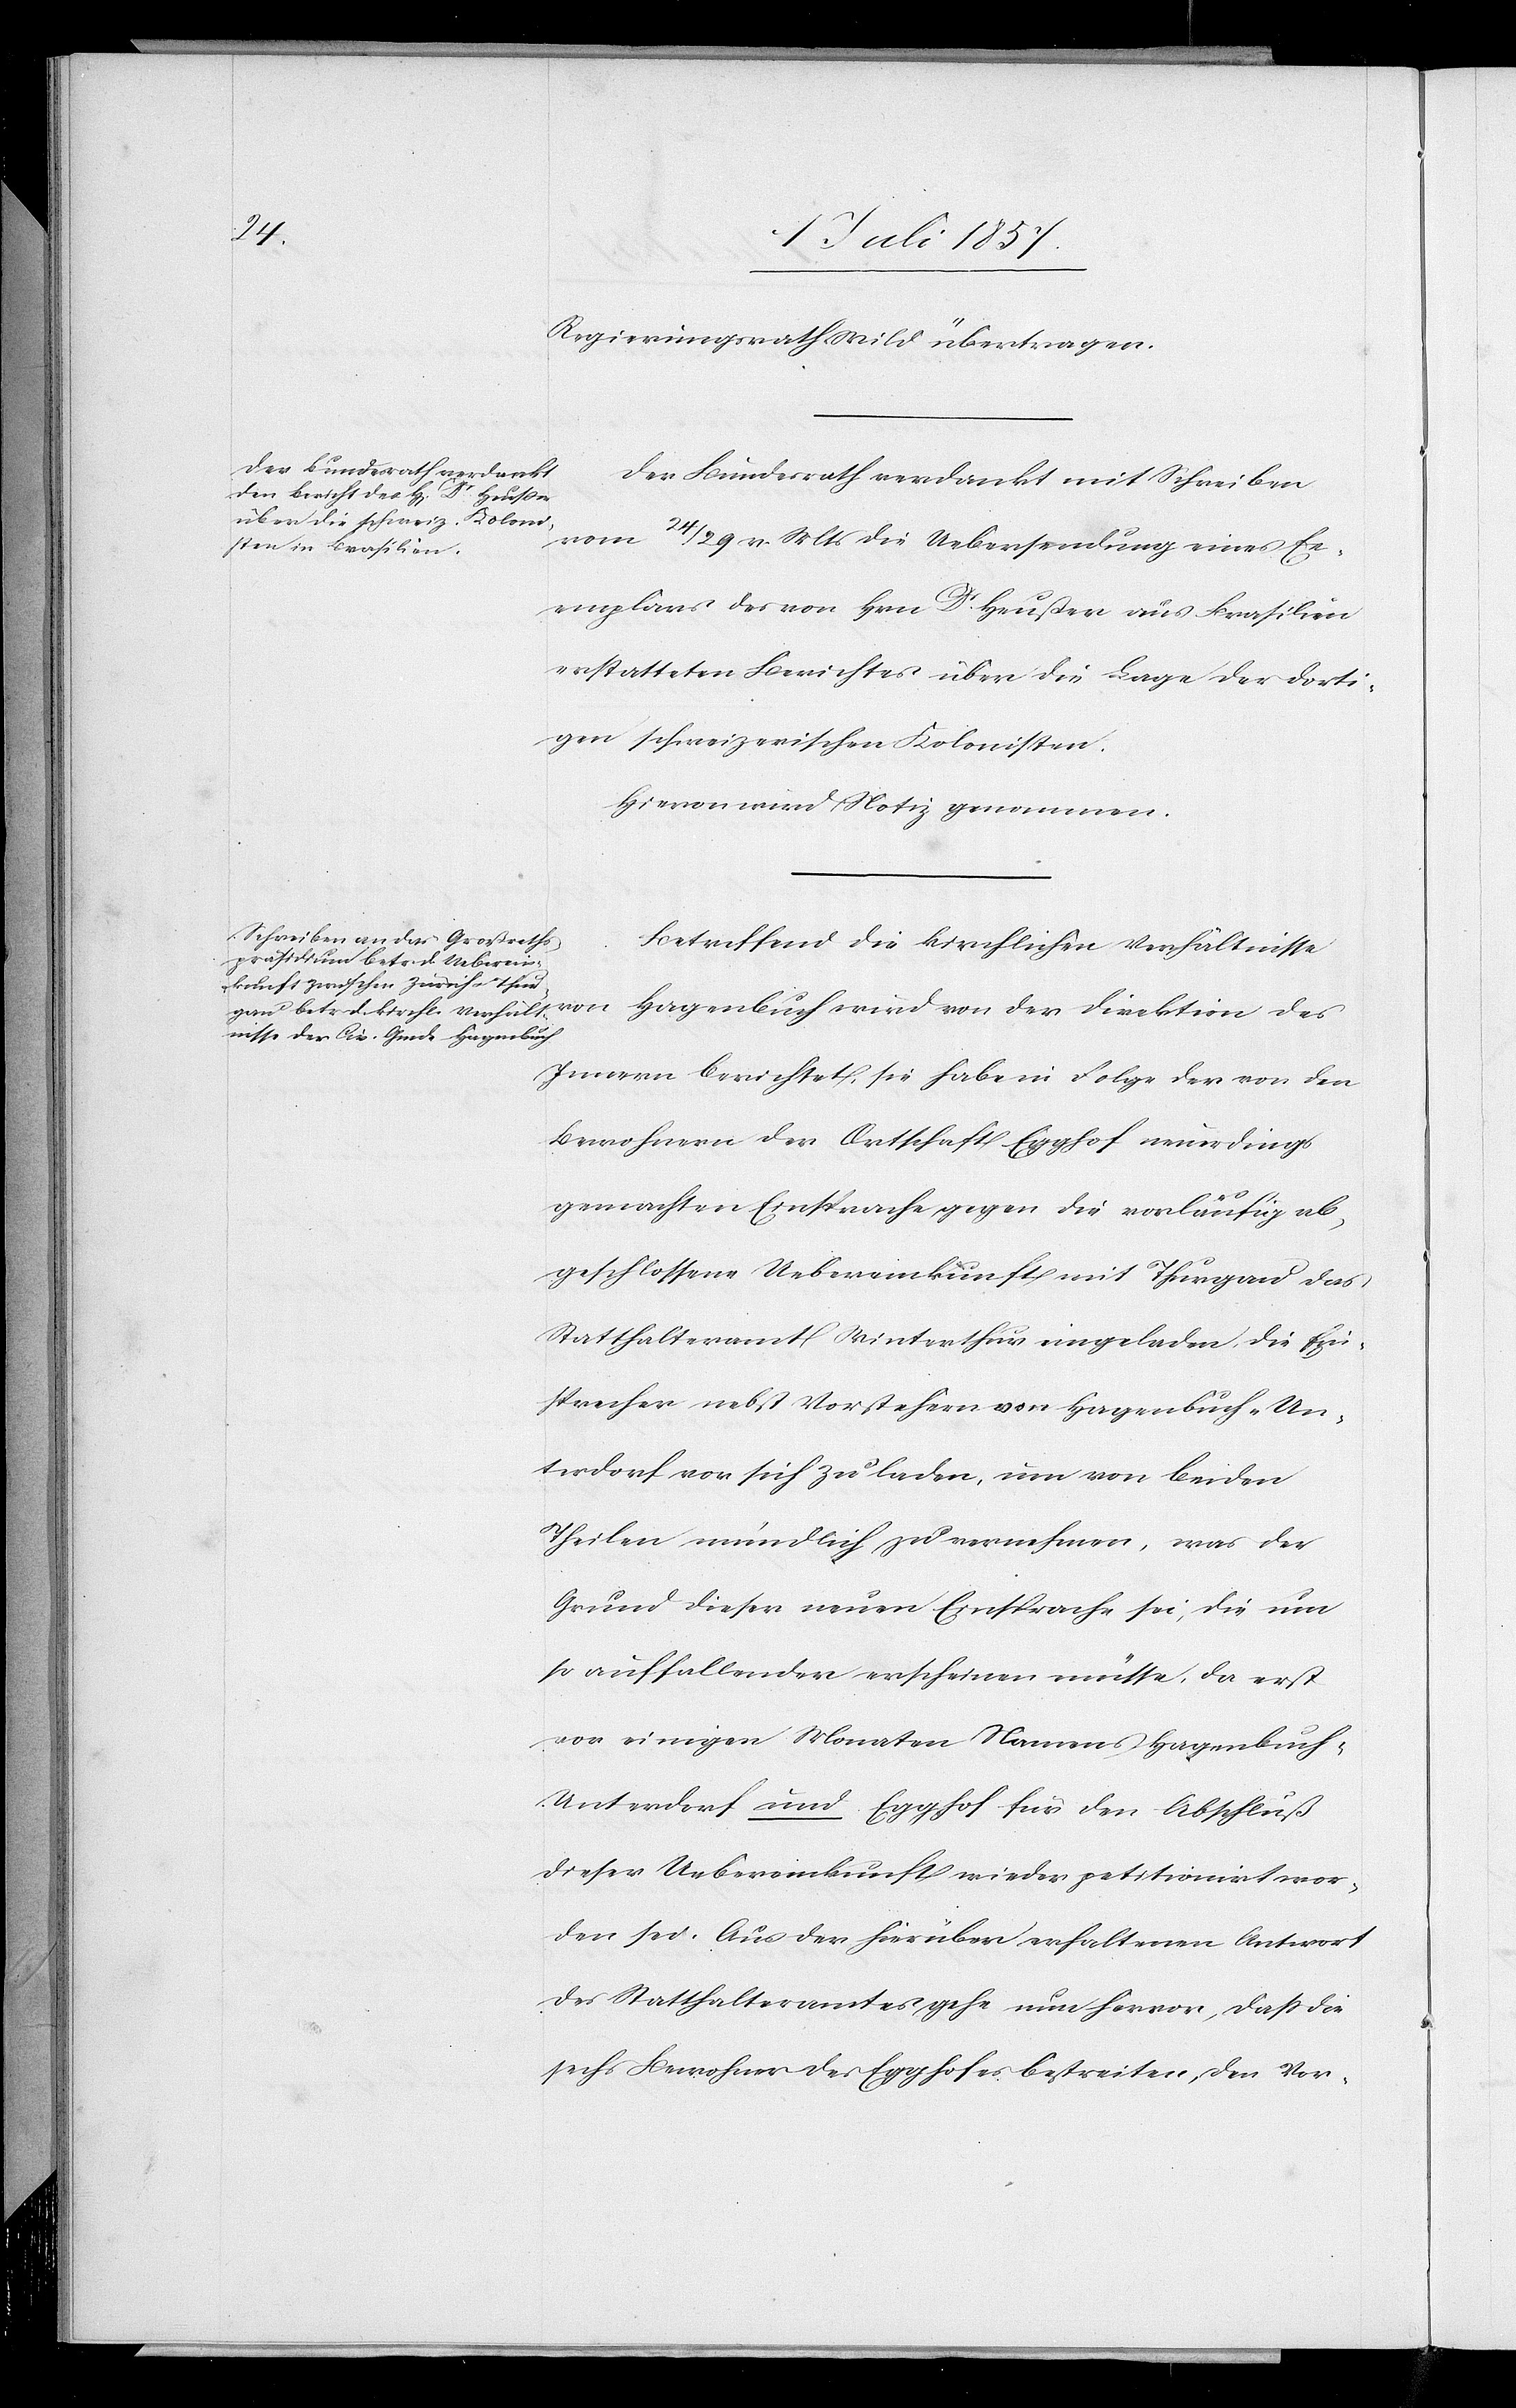
Regierungsrath Wild übertragen.
Der Bundesrath verdankt mit Schreiben
vom 24/29 v. Mts. die Uebersendung eines Ex¬
emplares des von Dr Heußer aus Brasilien
erstatteten Berichtes über die Lage der dorti¬
gen schweizerischen Kolonisten.
Hievon wird Notiz genommen.
Betreffend die kirchlichen Verhältnisse
Innern berichtet, sie habe in Folge der von den
Bewohnern der Ortschaft Egghof neuerdings
gemachten Einsprache gegen die vorläufig ab¬
geschlossene Uebereinkunft mit Thurgau das
Statthalteramt Winterthur eingeladen die Ein¬
sprecher nebst Vorstehern von Hagenbuch-Un¬
terdorf vor sich zu laden, um von beiden
Theilen mündlich zu vernehmen, was der
Grund dieser neuen Einsprache sei, die um
so auffallender erscheinen müsse, da erst
vor einigen Monaten Namens Hagenbuch-U¬
nterdorf und Egghof für den Abschluß
dieser Uebereinkunft wieder petitionirt wor¬
den sei. Aus der hierüber erhaltenen Antwort
des Statthalteramtes gehe nun hervor, daß die
sechs Bewohner des Egghofes bestreiten, den Vor-